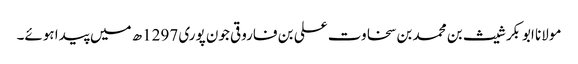
مولانا ابوبکر شیث بن محمد بن سخاوت علی بن فاروقی جون پوری 1297ھ میں پیدا ہوئے۔